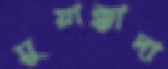
মুয়াক্কাদা